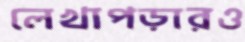
লেখাপড়ারও